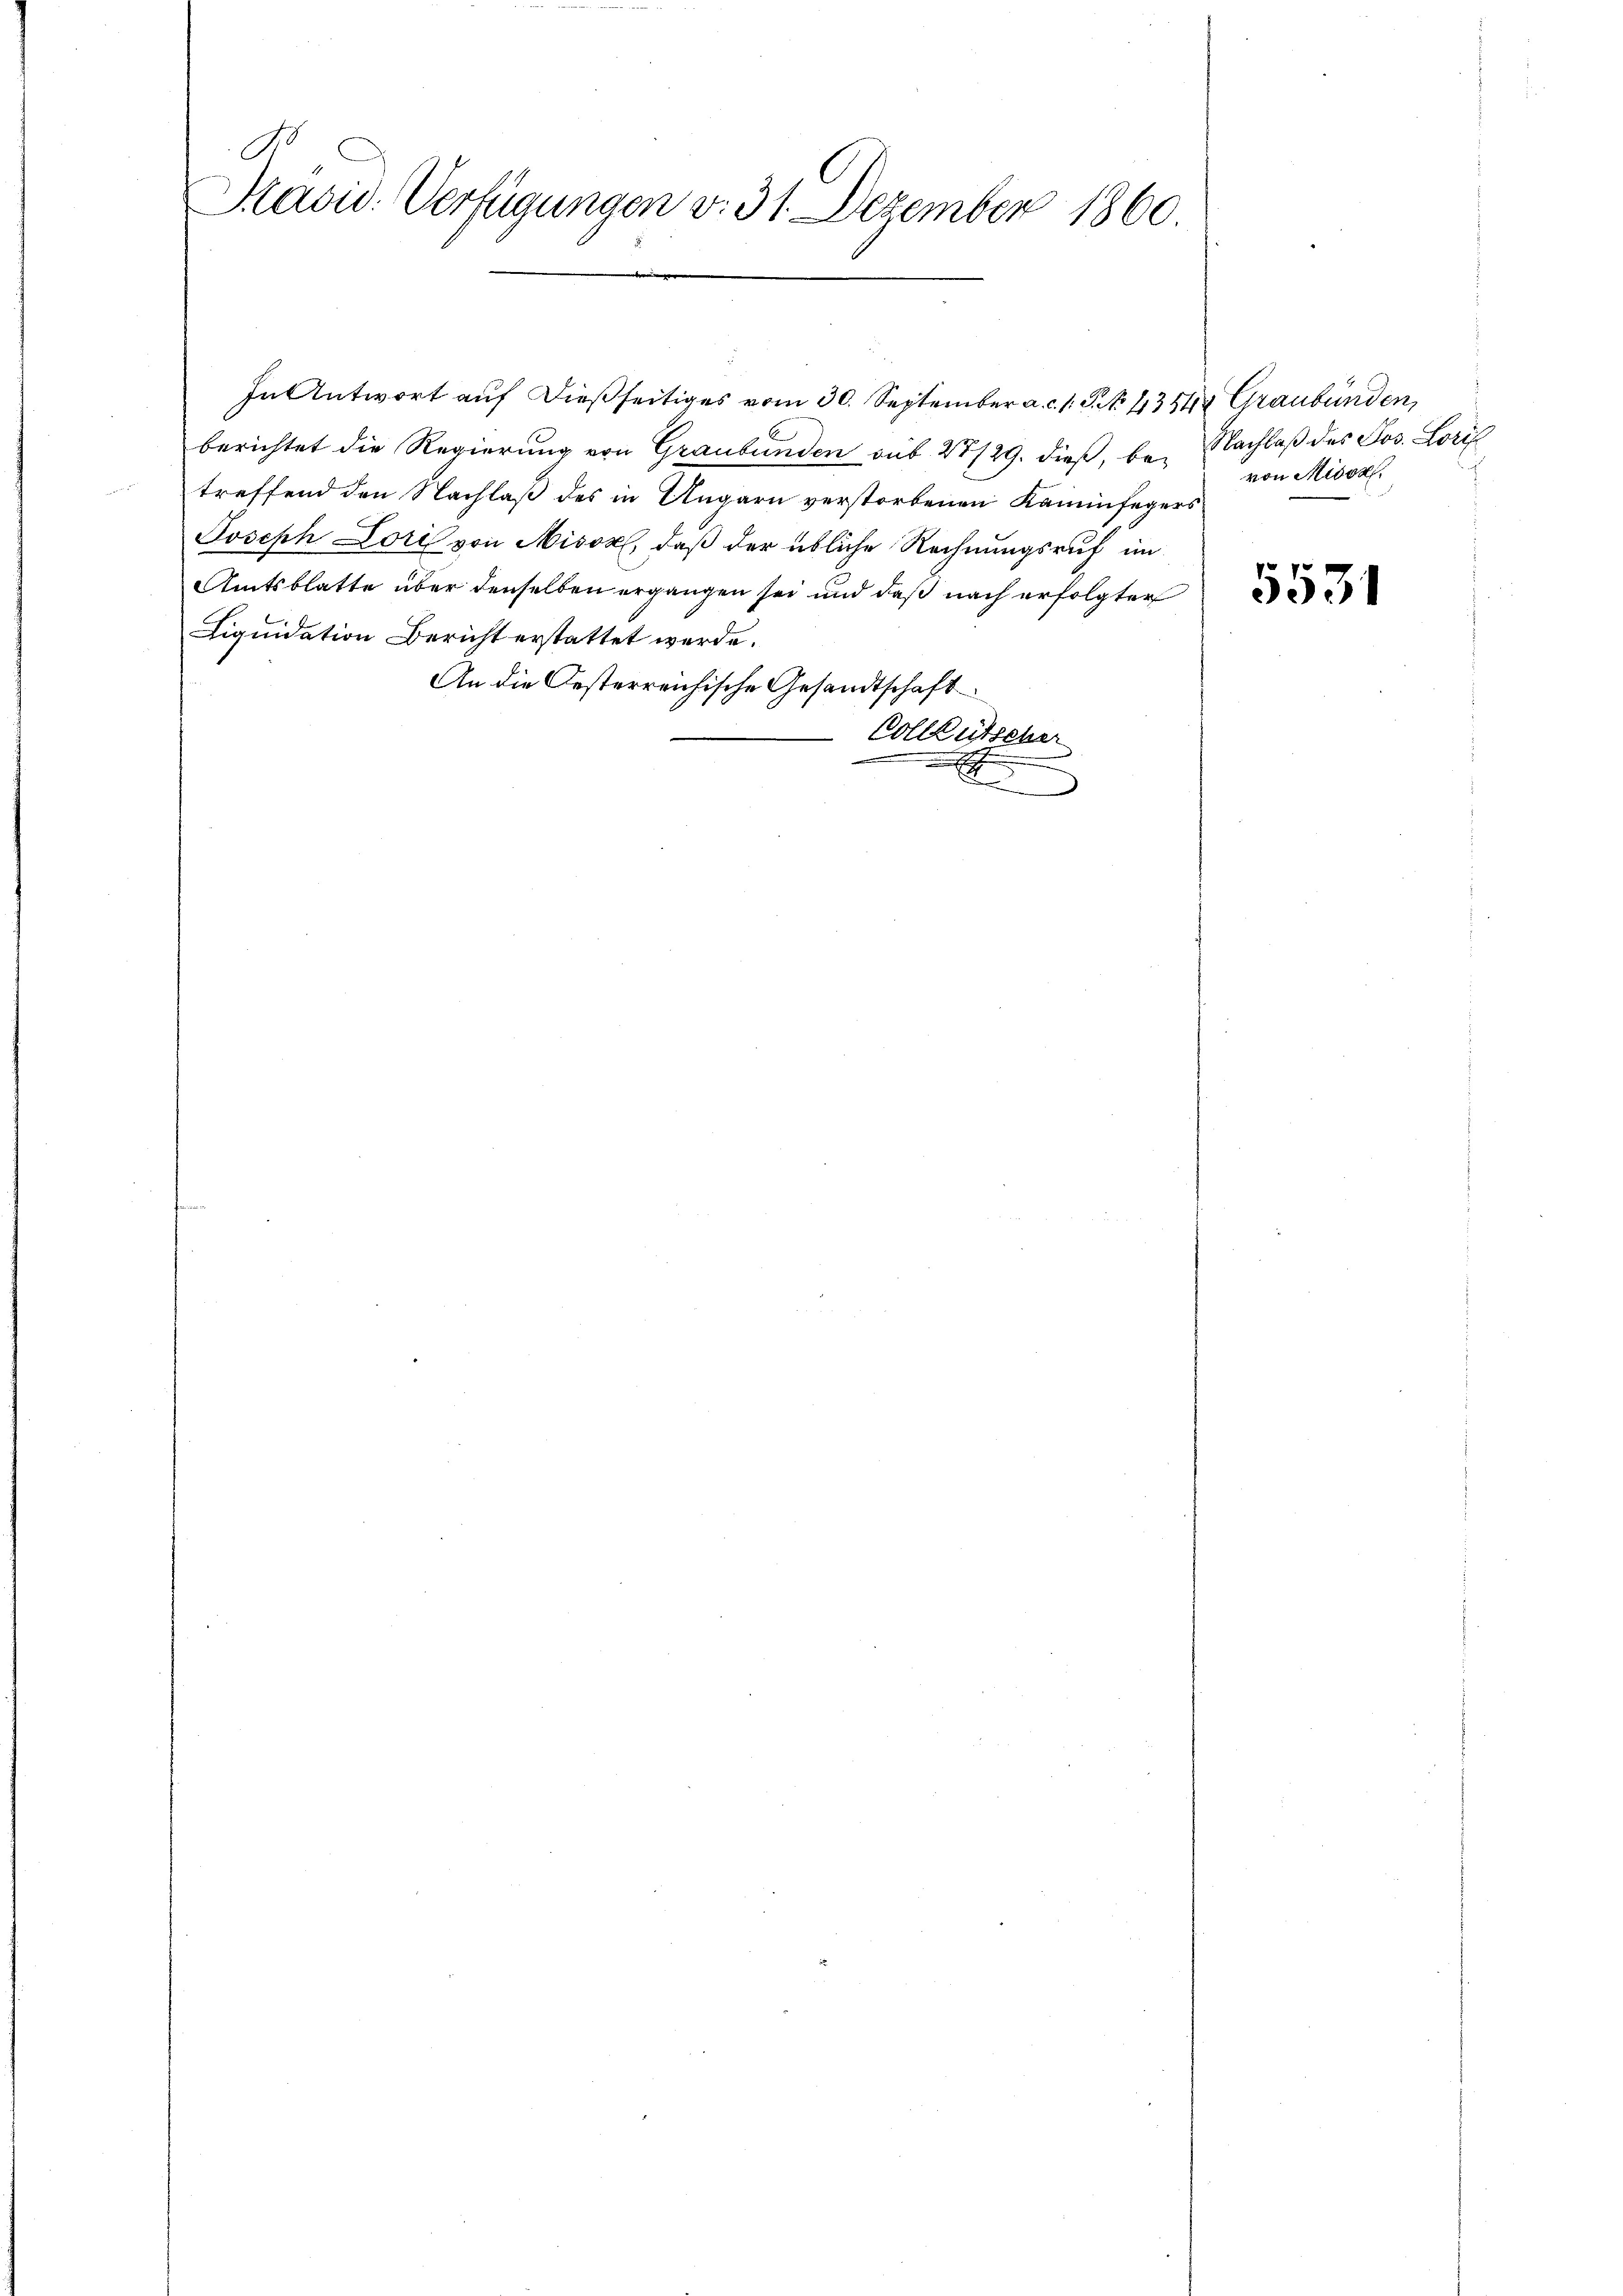
S.
Präsid. Verfügungen v. 31. Dezember 1860.
e
ge |

In Antwort auf dießseitiges vom 30. September a. c. s. S. 43544 Graubünden,
berichtet die Regierung von Graubünden sub 28/29. dieß, betreffend den Nachlaß des in Ungarn verstorbenen Kaminfegers
Joseph Lori von Misox, daß der übliche Rechnungsruf im
Amtsblatte über denselben ergangen sei und daß nach erfolgter
Liquidation Bericht erstattet werde.
An die Oesterreichische Gesandtschaft
Vollkutscher

Nachlaß des Jos. Lorif
von Misox

5531